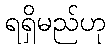
ရရှိမည်ဟု